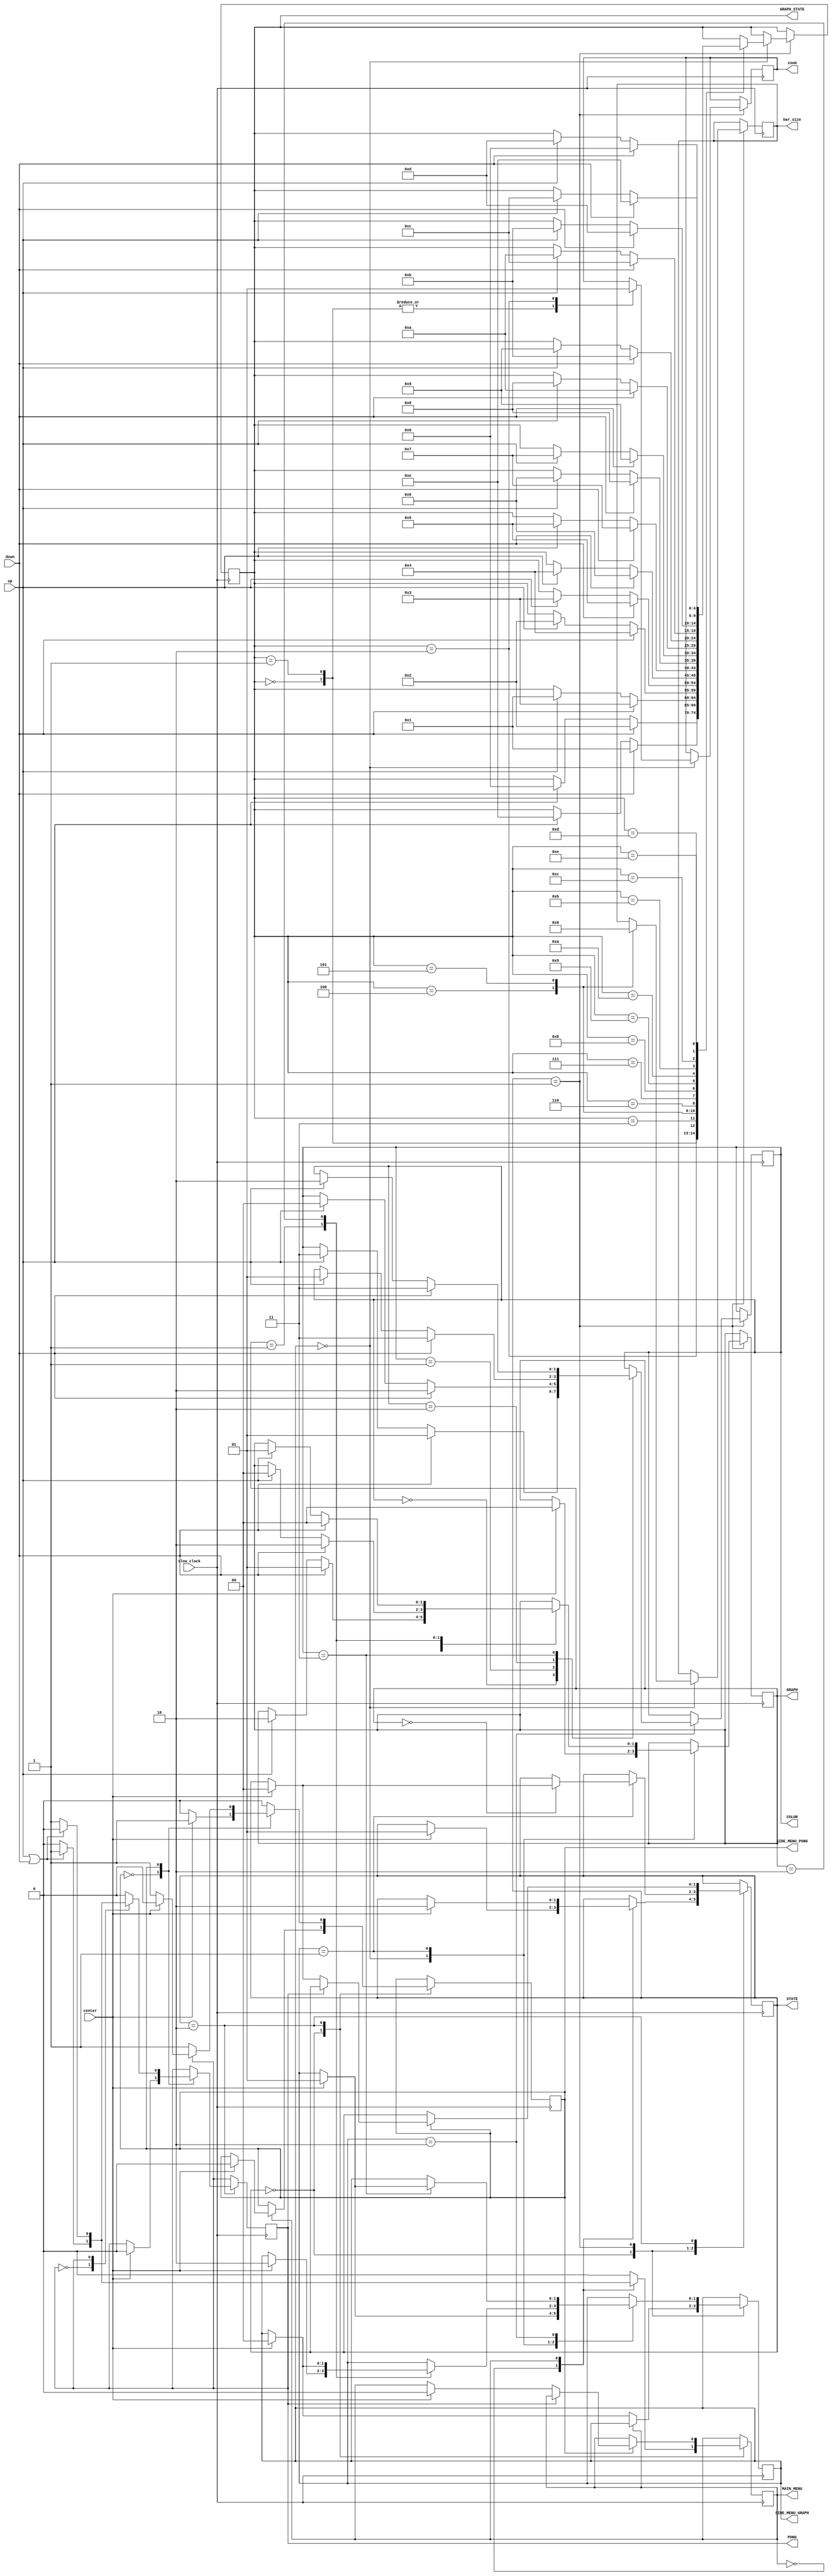
`timescale 1ns / 1ps
//////////////////////////////////////////////////////////////////////////////////
// Company: 
// Engineer: 
// 
// Design Name: 
// Module Name: menu_logic
// Project Name: 
// Target Devices: 
// Tool Versions: 
// Description: 
// 
// Dependencies: 
// 
// Revision:
// Revision 0.01 - File Created
// Additional Comments:
// 
//////////////////////////////////////////////////////////////////////////////////


module menu_logic(
    input up,down,center,
    input slow_clock,
    output reg [1:0] STATE = 0,
    output reg MAIN_MENU = 0,
    output reg [1:0] SIDE_MENU_GRAPH = 0,
    output reg SIDE_MENU_PONG = 0,
    output reg [1:0] GRAPH = 0,
    output reg PONG = 0,
    output reg [1:0]COLOR,
    output reg [4:0] GRAPH_STATE,
    output reg zoom,
    output reg [1:0] bar_size
    );
    always @ (posedge slow_clock)begin
    
        case(STATE)
            0://MAIN_MENU
            begin
                case(MAIN_MENU)
                    0://GRAPH
                    begin
                        if(up||down)MAIN_MENU <= 1;
                        if(center)
                        begin
                            STATE <= 1;
                            SIDE_MENU_GRAPH<=0;
                        end 
                    end
                    1://PONG
                    begin
                        if(up||down)MAIN_MENU <= 0;
                        if(center)
                        begin
                            STATE <= 2;
                            SIDE_MENU_PONG<=0;
                        end
                    end
                endcase
            end
            1://GRAPH
            begin
                case(SIDE_MENU_GRAPH)
                    0://NO_SIDE_MENU
                    begin
                        case(GRAPH_STATE)
                            0:
                            begin
                                zoom <= 0;
                                if(up)GRAPH_STATE <= 14;
                                if(down)GRAPH_STATE <= 1;
                            end
                            1:
                            begin
                                zoom <= 0;
                                if(up)GRAPH_STATE <= 0;
                                if(down)GRAPH_STATE <= 2;
                            end
                            2:
                            begin
                                zoom <= 1;
                                if(up)GRAPH_STATE <= 1;
                                if(down)GRAPH_STATE <= 3;
                            end
                            3:
                            begin
                                if(up)GRAPH_STATE <= 2;
                                if(down)GRAPH_STATE <= 4; 
                            end
                            4:
                            begin
                                bar_size = 1;
                                if(up)GRAPH_STATE <= 3;
                                if(down)GRAPH_STATE <= 5;
                            end
                            5:
                            begin
                                bar_size = 2;
                                if(up)GRAPH_STATE <= 4;
                                if(down)GRAPH_STATE <= 6;
                            end
                            6:
                            begin
                                if(up)GRAPH_STATE <= 5;
                                if(down)GRAPH_STATE <= 7;
                            end
                            7:
                            begin
                                if(up)GRAPH_STATE <= 6;
                                if(down)GRAPH_STATE <= 8;
                            end
                            8:
                            begin
                                if(up)GRAPH_STATE <= 7;
                                if(down)GRAPH_STATE <= 9;
                            end
                            9:
                            begin
                                if(up)GRAPH_STATE <= 8;
                                if(down)GRAPH_STATE <= 10;
                            end
                            10:
                            begin
                                if(up)GRAPH_STATE <= 9;
                                if(down)GRAPH_STATE <= 11;                            
                            end
                            11:
                            begin
                                if(up)GRAPH_STATE <= 10;
                                if(down)GRAPH_STATE <= 12;
                            end
                            12:
                            begin
                                if(up)GRAPH_STATE <= 11;
                                if(down)GRAPH_STATE <= 13;
                            end
                            13:
                            begin
                                if(up)GRAPH_STATE <= 12;
                                if(down)GRAPH_STATE <= 14;
                            end
                            14:
                            begin
                                if(up)GRAPH_STATE <= 13;
                                if(down)GRAPH_STATE <= 0;
                            end
                        endcase
                        if(center)
                        begin
                            SIDE_MENU_GRAPH <= 1;
                            GRAPH <= 0;
                        end
                    end
                    1://SIDE_MENU
                    begin
                        case(GRAPH)
                            0://MAIN_MENU
                            begin
                                if(up)GRAPH<=2;
                                if(down)GRAPH<=1;
                                if(center)STATE<=0;
                            end
                            1://COLOR_SEL
                            begin
                                if(up)GRAPH<=0;
                                if(down)GRAPH<=2;
                                if(center)SIDE_MENU_GRAPH <= 2;
                            end
                            2://EXIT
                            begin
                                if(up)GRAPH<=1;
                                if(down)GRAPH<=0;
                                if(center)SIDE_MENU_GRAPH <= 0;
                            end
                        endcase
                    end
                    2://COLOR_SEL
                    begin
                        case(COLOR)
                            0://RED
                            begin
                                if(up)COLOR<=3;
                                if(down)COLOR<=1;
                            end
                            1://GREEN
                            begin
                                if(up)COLOR<=0;
                                if(down)COLOR<=2;
                            end
                            2://BLUE
                            begin
                                if(up)COLOR<=1;
                                if(down)COLOR<=3;
                            end
                            3://GOBACK
                            begin
                                if(up)COLOR<=2;
                                if(down)COLOR<=3;
                                if(center)SIDE_MENU_GRAPH<=1;
                            end
                        endcase
                    end
                endcase
            end
            2://PONG
            begin
                case(SIDE_MENU_PONG)
                    0://NO_SIDE_MENU
                        if(center)
                        begin
                            SIDE_MENU_PONG <= 1;
                            PONG<=0;
                        end
                    1://SIDE_MENU
                    begin
                        case(PONG)
                            0://MAIN_MENU
                            begin
                                if(up||down)PONG<=1;
                                if(center)
                                begin
                                    STATE<=0;
                                    MAIN_MENU<=0;
                                end
                            end
                            1://EXIT
                            begin
                                if(up||down)PONG<=0;
                                if(center)SIDE_MENU_PONG<=0;
                            end
                        endcase
                    end
                endcase
            end
        endcase
    end
endmodule